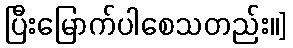
ပြီးမြောက်ပါစေသတည်း။]